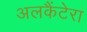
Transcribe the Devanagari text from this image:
अलकैंटेरा